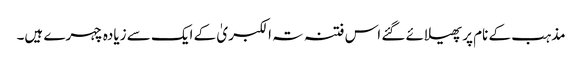
مذہب کے نام پر پھیلائے گئے اس فتنہ تہ الکبریٰ کے ایک سے زیادہ چہرے ہیں۔